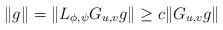
LaTeX: \begin{align*} \| g\|=\|L_{\phi,\psi}G_{u,v}g\|\geq c\|G_{u,v} g\|\end{align*}